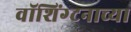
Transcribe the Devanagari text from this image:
वॉशिंग्टनाच्या